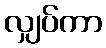
လျှပ်ကာ